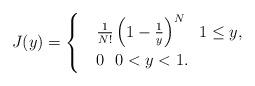
LaTeX: \begin{align*}J(y)=\begin{cases}& \frac{1}{N!} \left(1-\frac{1}{y}\right)^N \ \ 1\leq y,\\&0 \ \ 0<y<1.\end{cases}\end{align*}